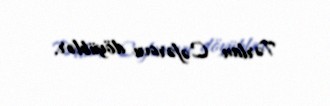
Tərlan Cəfərovu döyüblər.